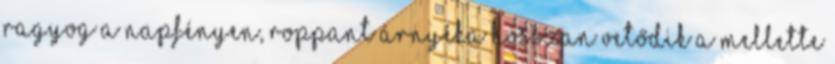
ragyog a napfényen, roppant árnyéka hosszan vetődik a mellette